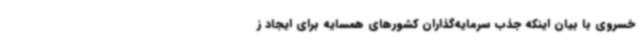
خسروی با بیان اینکه جذب سرمایه‌گذاران کشورهای همسایه برای ایجاد ز